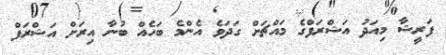
ފަރީޝާ މިއަދު އަޝްރަފްގެ މައްޗަށް ގަދަވެ އެންމެ ބަހެއް ބުނާ އިރަށް އަޝްރަފް